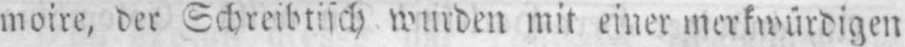
moire, der Schreibtisch wurden mit einer merkwürdigen